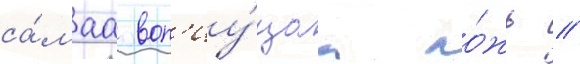
са́маа воп'иу́щаа ло́жь //